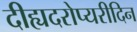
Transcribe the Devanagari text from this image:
दीह्यदरोप्यरीदिन